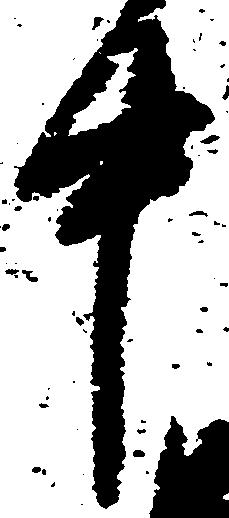
中